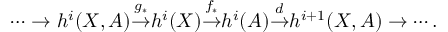
{ } \quad \cdots \to h ^ { i } ( X , A ) { \overset { g _ { * } } { \to } } h ^ { i } ( X ) { \overset { f _ { * } } { \to } } h ^ { i } ( A ) { \overset { d } { \to } } h ^ { i + 1 } ( X , A ) \to \cdots .